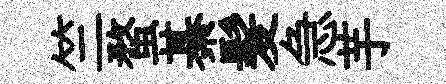
竺蝥綦髪急芋